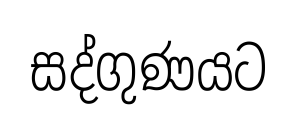
සද්ගුණයට